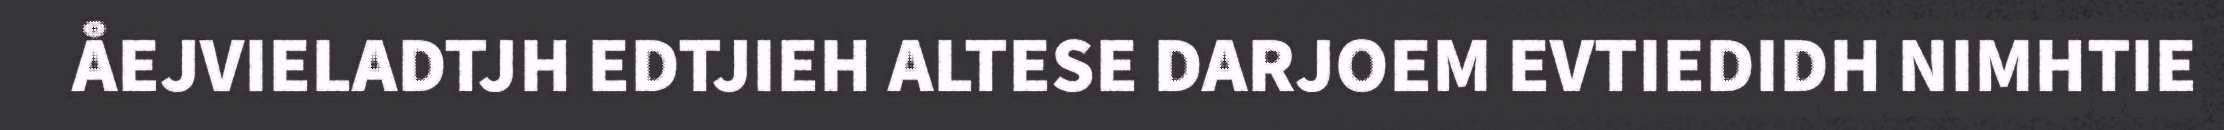
ÅEJVIELADTJH EDTJIEH ALTESE DARJOEM EVTIEDIDH NIMHTIE